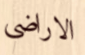
الاراضي